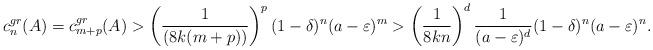
LaTeX: \begin{align*}c_n^{gr}(A)= c_{m+p}^{gr}(A) > \left( \frac{1}{(8k(m+p))}\right)^p (1-\delta)^n(a-\varepsilon)^m>\left(\frac{1}{8kn}\right)^d \frac{1}{(a-\varepsilon)^d} (1-\delta)^n(a-\varepsilon)^n.\end{align*}